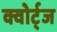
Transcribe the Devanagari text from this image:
क्वोर्ट्‌ज